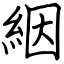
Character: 絪